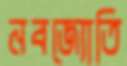
নবজ্যোতি